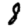
Digit: 8